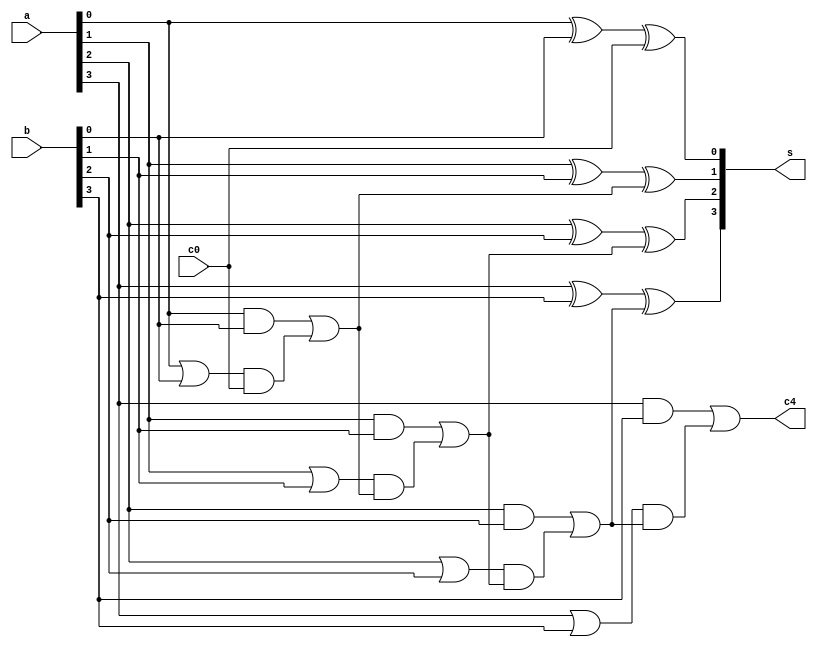
// 4-bit carry-lookahead adder
module cla(a, b, c0, s, c4);
	input [3:0] a,b;
	input c0;
	output [3:0] s;
	output c4;
	
	wire p0, p1, p2, p3, g0, g1, g2, g3;
	wire c1, c2, c3, c4;

	assign 
		p0 = a[0] | b[0],
		p1 = a[1] | b[1],
		p2 = a[2] | b[2],
		p3 = a[3] | b[3],
		
		g0 = a[0] & b[0],
		g1 = a[1] & b[1],
		g2 = a[2] & b[2],
		g3 = a[3] & b[3];

	assign 
		c1 = g0 | (p0&c0),
		c2 = g1 | (p1&c1),
		c3 = g2 | (p2&c2),
		c4 = g3 | (p3&c3);

	assign 
		s[0] = a[0]^b[0]^c0,
		s[1] = a[1]^b[1]^c1,
		s[2] = a[2]^b[2]^c2,
		s[3] = a[3]^b[3]^c3;
endmodule